Scottish Leaving Certificate Examination, 1959
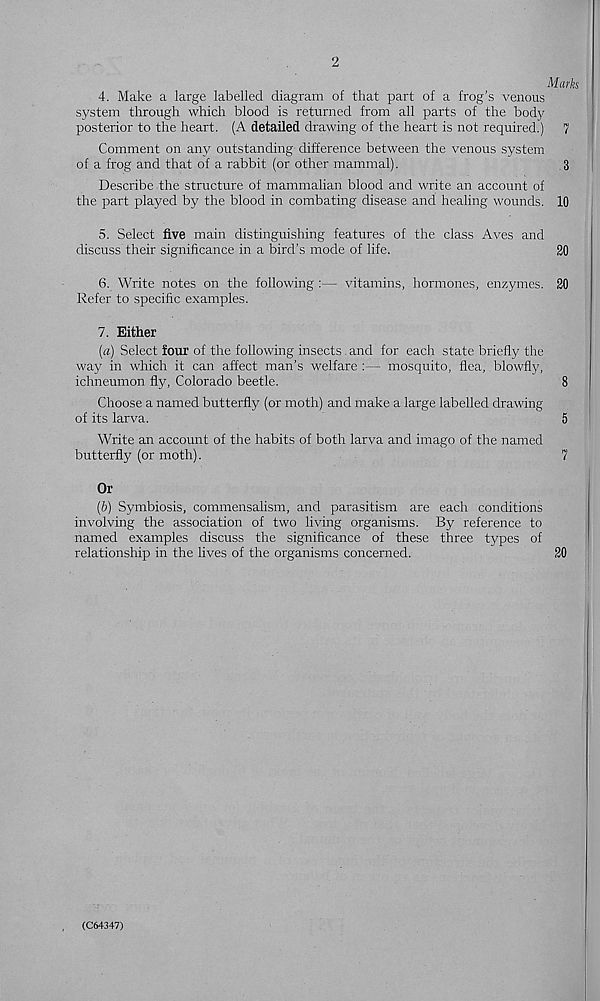
2
Marks
4. Make a large labelled diagram of that part of a frog’s venous
system through which blood is returned from all parts of the body
posterior to the heart. (A detailed drawing of the heart is not required.) 7
Comment on any outstanding difference between the venous system
of a frog and that of a rabbit (or other mammal).
3
Describe the structure of mammalian blood and write an account of
the part played by the blood in combating disease and healing wounds. 10
5. Select five main distinguishing features of the class Aves and
discuss their significance in a bird’s mode of life.
20
6. Write notes on the following :— vitamins, hormones, enzymes. 20
Refer to specific examples.
7. Either
(a) Select four of the following insects. and for each state briefly the
way in which it can affect man’s welfare :— mosquito, flea, blowfly,
ichneumon fly, Colorado beetle.
8
Choose a named butterfly (or moth) and make a large labelled drawing
of its larva.
5
Write an account of the habits of both larva and imago of the named
butterfly (or moth).
7
Or
(b) Symbiosis, commensalism, and parasitism are each conditions
involving the association of two living organisms. By reference to
named examples discuss the significance of these three types of
relationship in the lives of the organisms concerned.
20
(C64347)